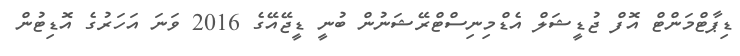
ޑިޕާޓްމަންޓް އޮފް ޖުޑީޝަލް އެޑްމިނިސްޓްރޭޝަނުން ބުނީ ޑީޖޭއޭގެ 2016 ވަނަ އަހަރުގެ އޮޑިޓުން